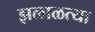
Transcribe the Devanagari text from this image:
झळाळत्या